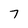
Character: 7